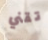
تقني